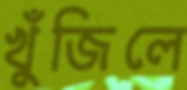
খুঁজিলে